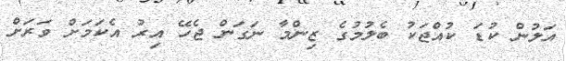
އަލުން ކުޑަ ކުއްޖަކު ބެލުމުގެ ޒިންމާ ނަގަން ޖެހޭ އިރު އެކަމަށް ވަރަށް